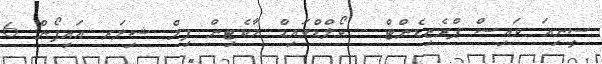
ސީނިއަ ވައިސް ޕްރެޒިޑެންޓް - ވޯލްޑްވައިޑް މާކެޓިން ފިލް ޝިލަރ އައިފޯން 6